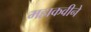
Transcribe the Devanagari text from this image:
महाकवीने